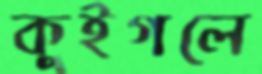
কুইগলে